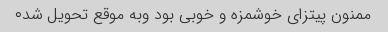
ممنون پیتزای خوشمزه و خوبی بود وبه موقع تحویل شد۰